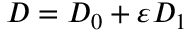
D = D _ { 0 } + \varepsilon D _ { 1 }